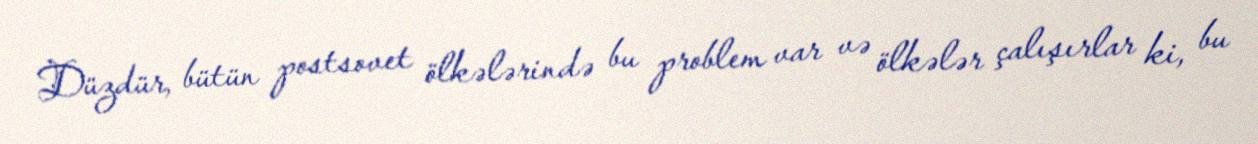
Düzdür, bütün postsovet ölkələrində bu problem var və ölkələr çalışırlar ki, bu